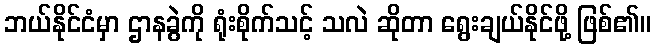
ဘယ်နိုင်ငံမှာ ဌာနခွဲကို ရုံးစိုက်သင့် သလဲ ဆိုတာ ရွေးချယ်နိုင်ဖို့ ဖြစ်၏။